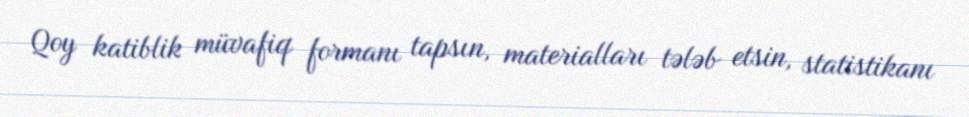
Qoy katiblik müvafiq formanı tapsın, materialları tələb etsin, statistikanı